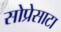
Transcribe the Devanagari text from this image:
सोप्रेसाटा